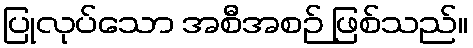
ပြုလုပ်သော အစီအစဉ် ဖြစ်သည်။